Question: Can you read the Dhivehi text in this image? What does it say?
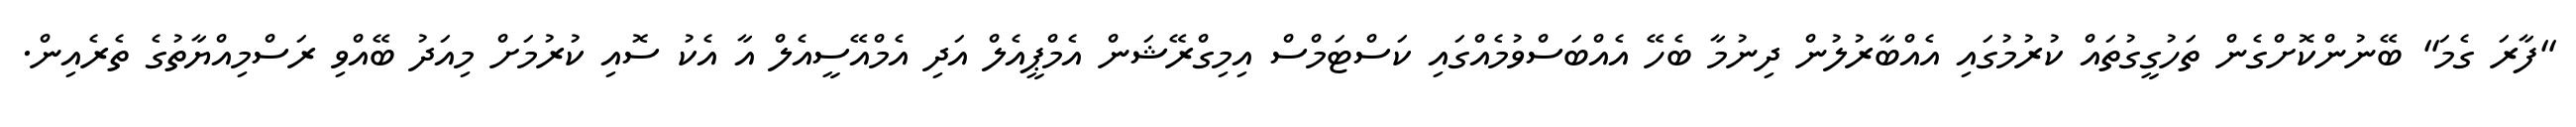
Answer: "ފާރަ ގެމަ" ބޭނުންކޮށްގެން ތަހުގީގުތައް ކުރުމުގައި އެއްބާރުލުން ދިނުމާ ބެހޭ އެއްބަސްވުމެއްގައި ކަސްޓަމްސް އިމިގްރޭޝަން އެމްޕީއެލް އަދި އެމްއޭސީއެލް އާ އެކު ސޮއި ކުރުމަށް މިއަދު ބޭއްވި ރަސްމިއްޔާތުގެ ތެރެއިން.